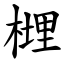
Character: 榸